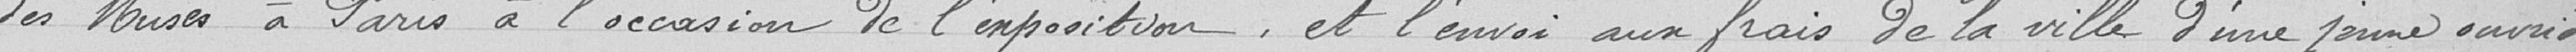
des Muses à Paris à l’occasion de l’exposition, et l’envoi aux frais de la ville d’une jeune ouvrière